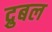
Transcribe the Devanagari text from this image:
द्रुबल